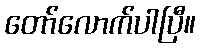
တော်လောက်ပါပြီ။